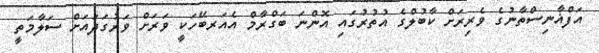
އަފްޣާނިސްތާނުގެ ވެރިރަށް ކާބުލްގެ އުތުރުގައި އޮންނަ ބަގްރާމް އެއަރބޭހަކީ ވަރަށް ވަރުގަދައަށް ސަލާމަތީ